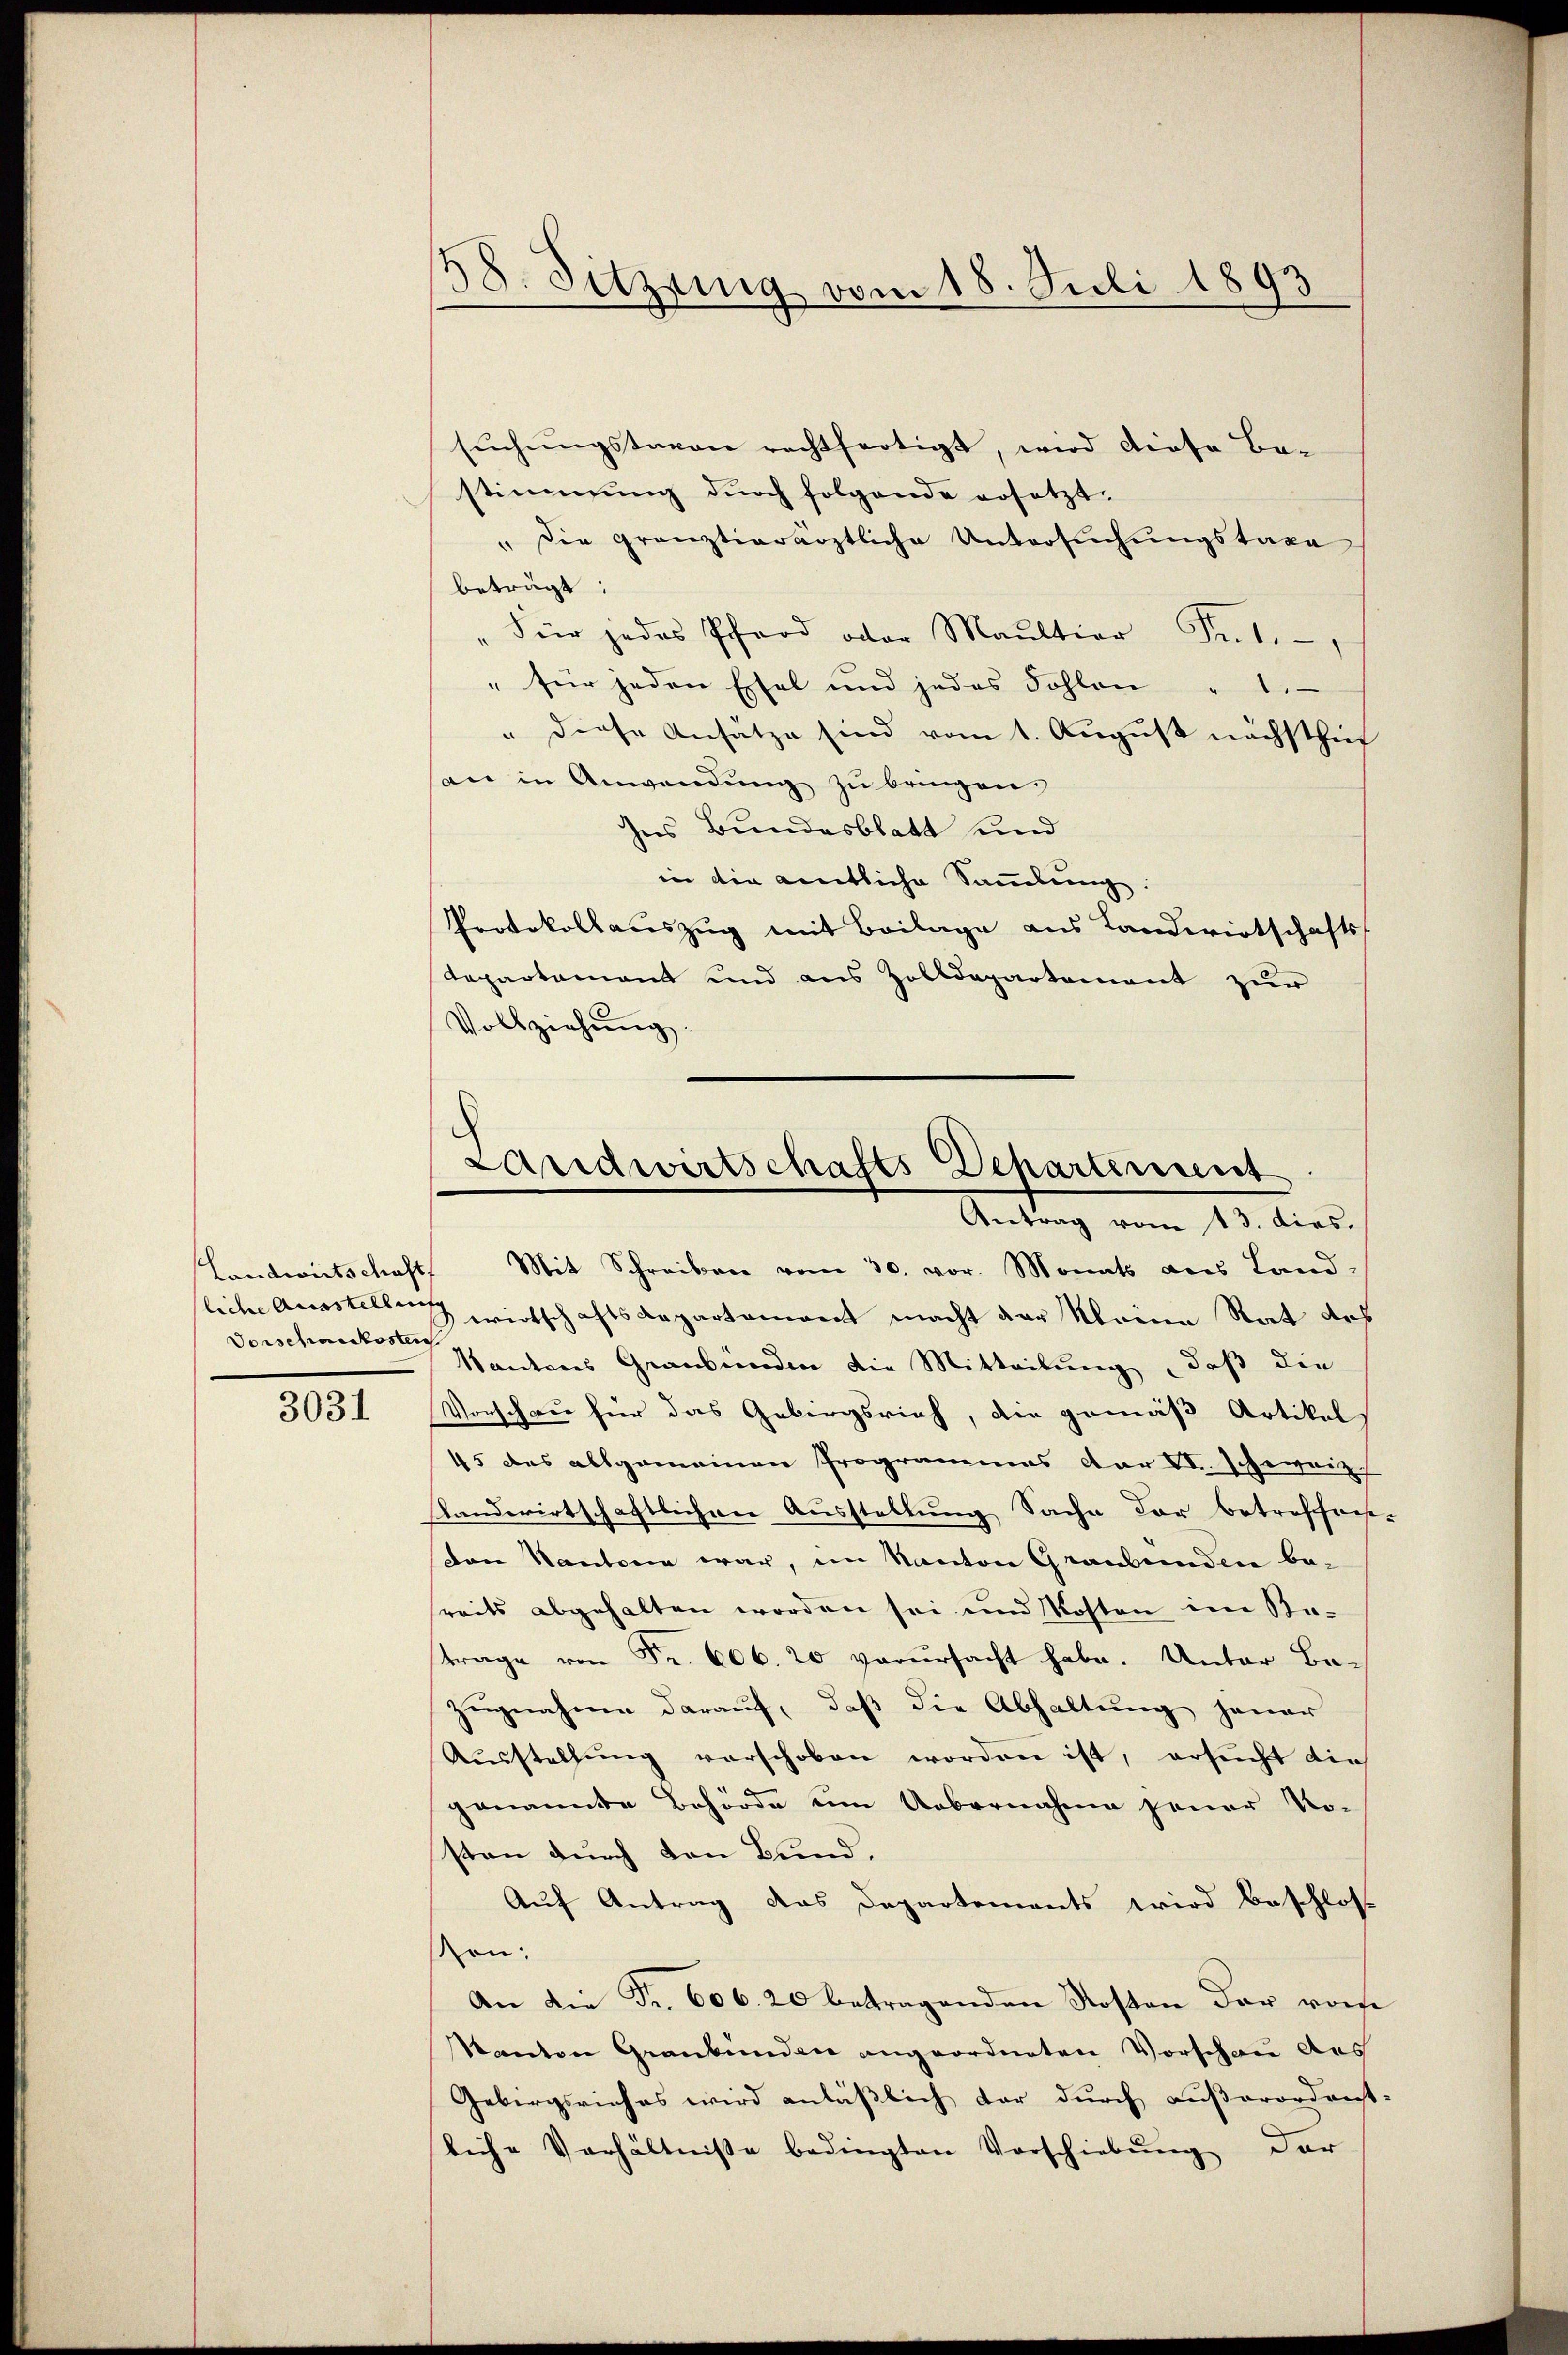
Landwirtschaft
Vorscharskosten

3031

38. Sitzung vom 18. Juli 1893

suchungstagen rechtfertigt, wird diese Be-
stimmung durch folgende ersetzt.
" die gränztierärztliche Untersuchungstaxe
beträgt:
"Für jedes Pfard oder Maultier Jul.,
" für jeden Esel und jedes Fohlen " 1
" diese Ansätze sind vom 1. August nächsthi
an in Anwendung zu bringen.
Ins Bundesblatt und
in die amtliche Sammlung:
Protokollauszug mit Beilage aus Landwirtschafts-
Tepartament und aus Zolldepartement zur
Vollziehŭng.

Landwirtschafts-Departement
Antrag vom 13. dies.

Mit Schreiben vom 30. vor. Monats aus Land-
liche Ausstellung wirtschaftsdepartement macht der Meine Rat des
kantons Graubünden die Mitteilung, daß die
Vorschau für das Gebirgsrich, die gemäß Artikel
45 des allgemeinen Programmes dar VI. schweiz.
standwirtschaftlichen Ausstellung Sache der betreffnis-
Den Kantonen war, im Kanton Graubünden bereits abgehalten worden sei und Kosten im Statrage von Fr. 606. 20 verursacht habe. Unter Be-
Zugnahme darauf, daß die Abhaltung jener
Aŭsstellŭng verschoben worden ist, ersucht die
genannte Behörde um Uebernahme jener No-
sten durch den Bund,
Auf Antrag das Departements wird beschloss
ten:
An die Fr. 606. 20 betragenden Kosten der vorhe
Kanton Graubünden angeordneten Vorschau des
Gebirgsriches wird anläßlich der durch außerordent-
liche Verhältnisse bedingten Vorschiebŭng der